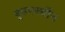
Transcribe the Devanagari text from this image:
बृहपर्स्थीन